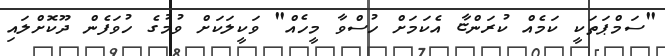
"ސަމްޕަތަކީ ކަމެއް ކުރަންޏާ އެކަމަށް ހުސްވާ މީހެއް" ވަކީލަކަށް ވުމުގެ ހުވަފެން ދޫކޮށްލައި